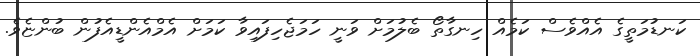
ކަނޑުމަތީގެ އެއްވެސް ކަމެއް ހިނގާތޯ ބެލުމަށް ވަނީ ހަމަޖެހިފައިވާ ކަމަށް އެމްއެންޑީއެފުން ބުންޏެވެ.